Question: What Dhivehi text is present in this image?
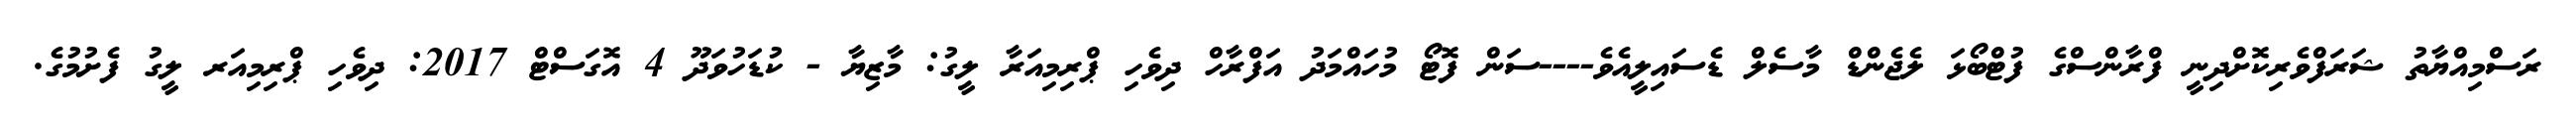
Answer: ރަސްމިއްޔާތު ޝަރަފްވެރިކޮށްދިނީ ފްރާންސްގެ ފުޓްބޯޅަ ލެޖެންޑް މާސެލް ޑެސައިލީއެވެ----ސަން ފޮޓޯ މުހައްމަދު އަފްރާހް ދިވެހި ޕްރިމިއަރާ ލީގު: މާޒިޔާ - ކުޑަހުވަދޫ 4 އޮގަސްޓް 2017: ދިވެހި ޕްރިމިއަރ ލީގު ފެށުމުގެ.